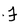
Character: F